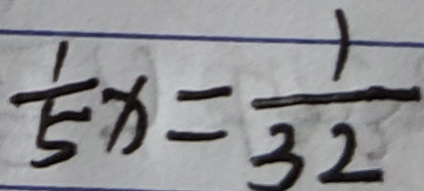
\frac { 1 } { 5 } x = \frac { 1 } { 3 2 }